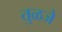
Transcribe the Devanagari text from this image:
तुळजे